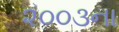
૨૦૦૩ના